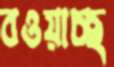
বওয়াচ্ছ